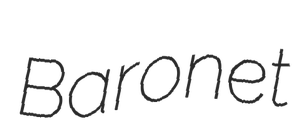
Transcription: Baronet